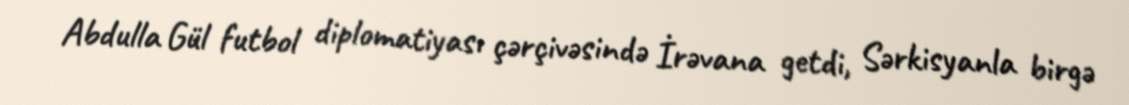
Abdulla Gül futbol diplomatiyası çərçivəsində İrəvana getdi, Sərkisyanla birgə